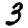
Digit: 3